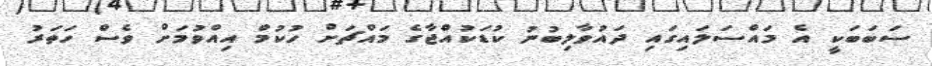
ސަބަބަކީ އެ މައްސަލައިގައި ދައުވާލިބުނު ކުޑަކުއްޖާގެ މައްޗަށް ހުކުމް އިއްވުމަށް ވެސް ހަތަރު